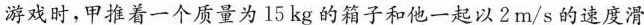
游戏时，甲推着一个质量为15kg的箱子和他一起以2m/s的速度滑